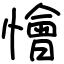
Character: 懀